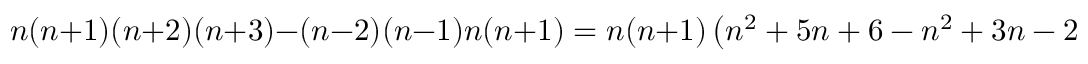
n ( n + 1 ) ( n + 2 ) ( n + 3 ) - ( n - 2 ) ( n - 1 ) n ( n + 1 ) = n ( n + 1 ) \left( n ^ { 2 } + 5 n + 6 - n ^ { 2 } + 3 n - 2 \right) = n ( n + 1 ) ( 8 n + 4 )